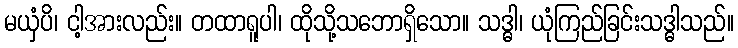
မယှံပိ၊ ငါ့အားလည်း။ တထာရူပါ၊ ထိုသို့သဘောရှိသော။ သဒ္ဓါ၊ ယုံကြည်ခြင်းသဒ္ဓါသည်။